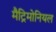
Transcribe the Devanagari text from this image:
मैट्रिमोनियल